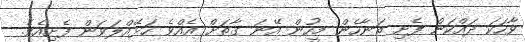
ވާހަކަ ދައްކަން ފެށި ތަނާހެން މީހުން އޭނަ ގާތަށް އެއްވެ ހަޅޭއްލަވަން ފެށިއެވެ.